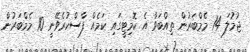
ޖުމުލަ 14 މެމްބަރުން ތިއްބަވާ އެ ކޮމިޓީގައި ކަމެއް ފާސްކުރެވޭނީ 10 މެމްބަރުން